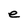
Character: e